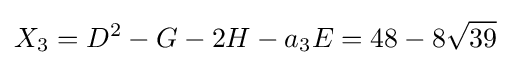
X_{3}=D^{2}-G-2H-a_{3}E=48-8{\sqrt {39}}